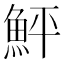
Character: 鮃